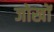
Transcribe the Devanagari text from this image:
जोखों